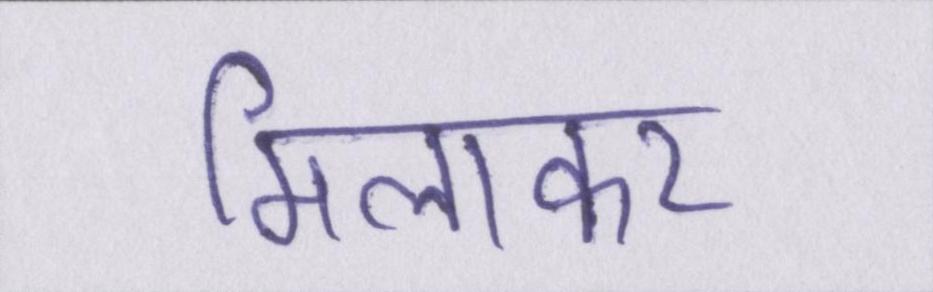
मिलाकर